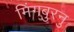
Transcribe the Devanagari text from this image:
मिंगबुरनु